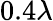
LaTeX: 0.4\lambda